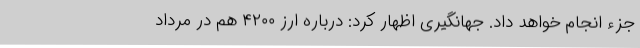
جزء انجام خواهد داد. جهانگیری اظهار کرد: درباره ارز ۴۲۰۰ هم در مرداد